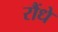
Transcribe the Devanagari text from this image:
रौंधे